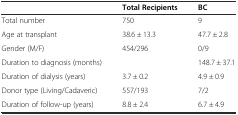
<table><thead><tr><td></td><td><b>Total Recipients</b></td><td><b>BC</b></td></tr></thead><tbody><tr><td>Total number</td><td>750</td><td>9</td></tr><tr><td>Age at transplant</td><td>38.6 ± 13.3</td><td>47.7 ± 2.8</td></tr><tr><td>Gender (M/F)</td><td>454/296</td><td>0/9</td></tr><tr><td>Duration to diagnosis (months)</td><td></td><td>148.7 ± 37.1</td></tr><tr><td>Duration of dialysis (years)</td><td>3.7 ± 0.2</td><td>4.9 ± 0.9</td></tr><tr><td>Donor type (Living/Cadaveric)</td><td>557/193</td><td>7/2</td></tr><tr><td>Duration of follow-up (years)</td><td>8.8 ± 2.4</td><td>6.7 ± 4.9</td></tr></tbody></table>